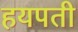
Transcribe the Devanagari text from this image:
हयपती